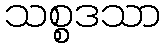
သစ္စဒသာ